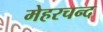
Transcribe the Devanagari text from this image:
मेहरचन्द